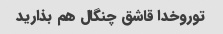
توروخدا قاشق چنگال هم بذارید